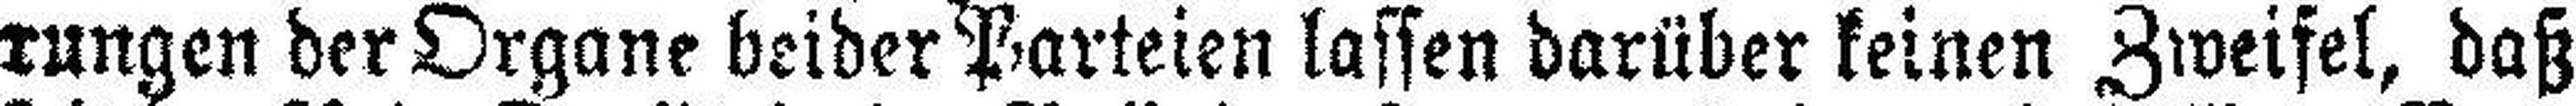
rungen der Organe beider Parteien lassen darüber keinen Zweifel, daß